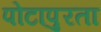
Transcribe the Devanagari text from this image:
पोटापुरता